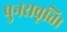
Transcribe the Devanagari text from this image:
पुनरावृत्ति।